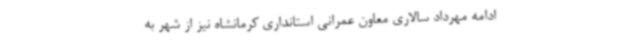
ادامه مهرداد سالاری معاون عمرانی استانداری کرمانشاه نیز از شهر به